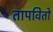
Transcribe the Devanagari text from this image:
तापवितो